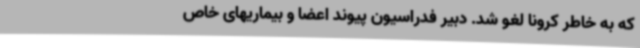
که به خاطر کرونا لغو شد. دبیر فدراسیون پیوند اعضا و بیماریهای خاص